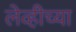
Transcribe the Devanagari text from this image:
लेव्हीच्या